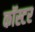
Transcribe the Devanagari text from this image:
कॉस्टर